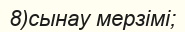
8)сынау мерзімі;